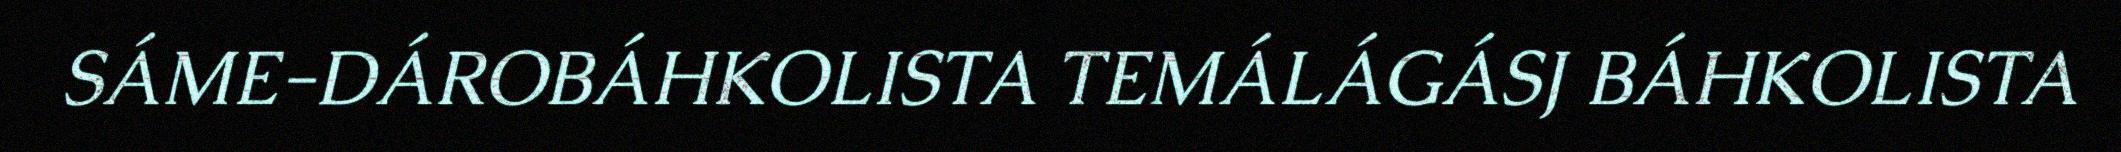
SÁME-DÁROBÁHKOLISTA TEMÁLÁGÁSJ BÁHKOLISTA